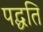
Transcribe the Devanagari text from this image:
पद्घति